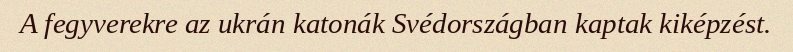
A fegyverekre az ukrán katonák Svédországban kaptak kiképzést.